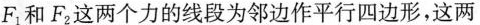
F_{1}和F_{2}两个力的线段为邻边作平行四边形，这两